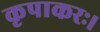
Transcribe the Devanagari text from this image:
कृपाकरः।